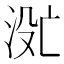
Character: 𬇮